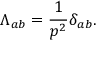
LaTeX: \Lambda _ { a b } = \frac { 1 } { p ^ { 2 } } \delta _ { a b } .